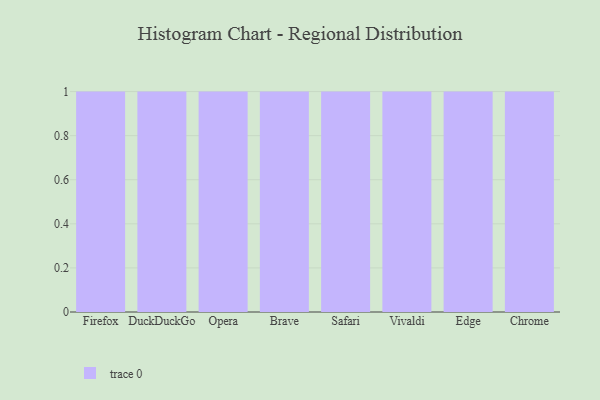
{"axis": {"x": "Browser", "y": "Active Users"}, "legend": [""], "data": [{"x": "Firefox", "y": 40, "type": ""}, {"x": "DuckDuckGo", "y": 25, "type": ""}, {"x": "Opera", "y": 25, "type": ""}, {"x": "Brave", "y": 14, "type": ""}, {"x": "Safari", "y": 28, "type": ""}, {"x": "Vivaldi", "y": 12, "type": ""}, {"x": "Edge", "y": 42, "type": ""}, {"x": "Chrome", "y": 25, "type": ""}]}